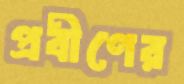
প্রবীণের